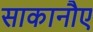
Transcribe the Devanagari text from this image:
साकानौए